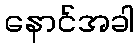
နောင်အခါ